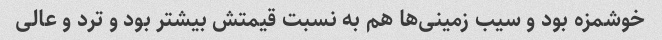
خوشمزه بود و سیب زمینی‌ها هم به نسبت قیمتش بیشتر بود و ترد و عالی